Report of the Indian Hemp Drugs Commission, 1894-1895 - Volume IV
Year: 1894
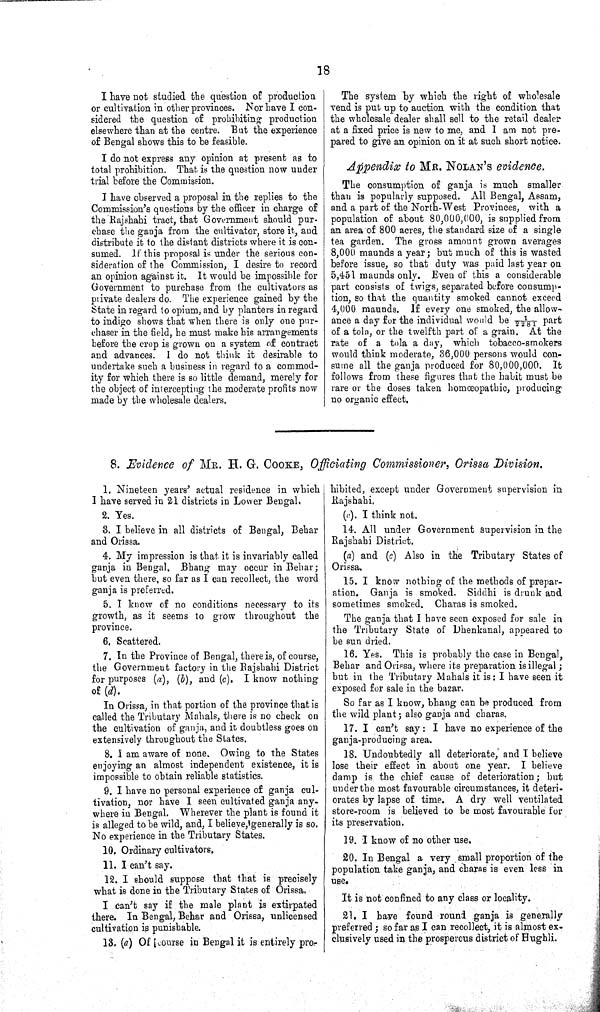
18
I have not studied the question of production
or cultivation in other provinces. Nor have I con-
sidered the question of prohibiting production
elsewhere than at the centre. But the experience
of Bengal shows this to be feasible.
I do not express any opinion at present as to
total prohibition. That is the question now under
trial before the Commission.
I have observed a proposal in the replies to the
Commission's questions by the officer in charge of
the Rajshahi tract, that Government should pur-
chase the ganja from the cultivator, store it, and
distribute it to the distant districts where it is con-
sumed. If this proposal is under the serious con-
sideration of the Commission, I desire to record
an opinion against it. It would be impossible for
Government to purchase from the cultivators as
private dealers do. The experience gained by the
State in regard to opium, and by planters in regard
to indigo shows that when there is only one pur-
chaser in the field, he must make his arrangements
before the crop is grown on a system of contract
and advances. I do not think it desirable to
undertake such a business in regard to a commod-
ity for which there is so little demand, merely for
the object of intercepting the moderate profits now
made by the wholesale dealers.
The system by which the right of wholesale
vend is put up to auction with the condition that
the wholesale dealer shall sell to the retail dealer
at a fixed price is new to me, and I am not pre-
pared to give an opinion on it at such short notice.
Appendix to MR. NOLAN'S evidence.
The consumption of ganja is much smaller
than is popularly supposed. All Bengal, Assam,
and a part of the North-West Provinces, with a
population of about 80,000,000, is supplied from
an area of 800 acres, the standard size of a single
tea garden. The gross amount grown averages
8,000 maunds a year; but much of this is wasted
before issue, so that duty was paid last year on
5,451 maunds only. Even of this a considerable
part consists of twigs, separated before consump-
tion, so that the quantity smoked cannot exceed
4,000 maunds. If every one smoked, the allow-
ance a day for the individual would be 1/2281 part
of a tola, or the twelfth part of a grain. At the
rate of a tola a day, which tobacco-smokers
would think moderate, 36,000 persons would con-
sume all the ganja produced for 80,000,000. It
follows from these figures that the habit must be
rare or the doses taken homœopathic, producing
no organic effect.
8. Evidence of MR. H. G. COOKE, Officiating Commissioner, Orissa Division.
1. Nineteen years' actual residence in which
I have served in 21 districts in Lower Bengal.
2. Yes.
3. I believe in all districts of Bengal, Behar
and Orissa.
4. My impression is that it is invariably called
ganja in Bengal. Bhang may occur in Behar;
but even there, so far as I can recollect, the word
ganja is preferred.
5. I know of no conditions necessary to its
growth, as it seems to grow throughout the
province.
6. Scattered.
7. In the Province of Bengal, there is, of course,
the Government factory in the Rajshahi District
for purposes (a), (b), and (c). I know nothing
of (d).
In Orissa, in that portion of the province that is
called the Tributary Mahals, there is no check on
the cultivation of ganja, and it doubtless goes on
extensively throughout the States.
8. I am aware of none. Owing to the States
enjoying an almost independent existence, it is
impossible to obtain reliable statistics.
9. I have no personal experience of ganja cul-
tivation, nor have I seen cultivated ganja any-
where in Bengal. Wherever the plant is found it
is alleged to be wild, and, I believe, generally is so.
No experience in the Tributary States.
10. Ordinary cultivators,
11. I can't say.
12. I should suppose that that is precisely
what is done in the Tributary States of Orissa.
I can't say if the male plant is extirpated
there. In Bengal, Behar and Orissa, unlicensed
cultivation is punishable.
13. (a) Of [course in Bengal it is entirely pro-
hibited, except under Government supervision in
Rajshahi.
(c). I think not.
14. All under Government supervision in the
Rajshahi District.
(a) and (c) Also in the Tributary States of
Orissa.
15. I know nothing of the methods of prepar-
ation. Ganja is smoked. Siddhi is drunk and
sometimes smoked. Charas is smoked.
The ganja that I have seen exposed for sale in
the Tributary State of Dhenkanal, appeared to
be sun dried.
16. Yes. This is probably the case in Bengal,
Behar and Orissa, where its preparation is illegal;
but in the Tributary Mahals it is: I have seen it
exposed for sale in the bazar.
So far as I know, bhang can be produced from
the wild plant; also ganja and charas.
17. I can't say: I have no experience of the
ganja-producing area.
18. Undoubtedly all deteriorate, and I believe
lose their effect in about one year. I believe
damp is the chief cause of deterioration; but
under the most favourable circumstances, it deteri-
orates by lapse of time. A dry well ventilated
store-room is believed to be most favourable for
its preservation.
19. I know of no other use.
20. In Bengal a very small proportion of the
population take ganja, and charas is even less in
use.
It is not confined to any class or locality.
21. I have found round ganja is generally
preferred; so far as I can recollect, it is almost ex-
clusively used in the prosperous district of Hughli.